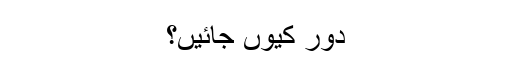
دور کیوں جائیں؟